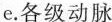
e。各级动脉